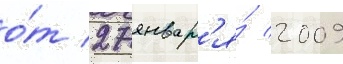
о́т 27 январ'я́ 2009